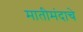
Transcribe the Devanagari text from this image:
मातीमंदाचे